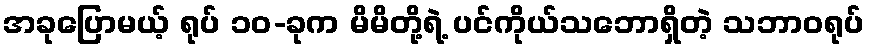
အခုပြောမယ့် ရုပ် ၁၀-ခုက မိမိတို့ရဲ့ ပင်ကိုယ်သဘောရှိတဲ့ သဘာဝရုပ်